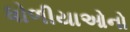
ધોળીયાઓનો